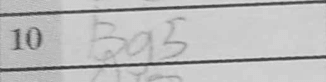
Transcription: Bg5